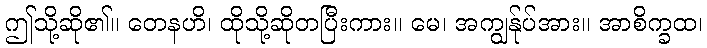
ဤသို့ဆို၏။ တေနဟိ၊ ထိုသို့ဆိုတပြီးကား။ မေ၊ အကျွန်ုပ်အား။ အာစိက္ခထ၊